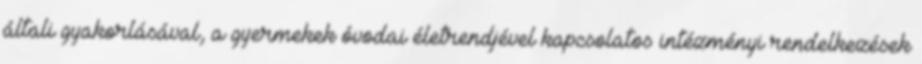
általi gyakorlásával, a gyermekek óvodai életrendjével kapcsolatos intézményi rendelkezések